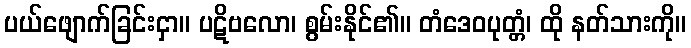
ပယ်ဖျောက်ခြင်းငှာ။ ပဋိဗလော၊ စွမ်းနိုင်၏။ တံဒေဝပုတ္တံ၊ ထို နတ်သားကို။